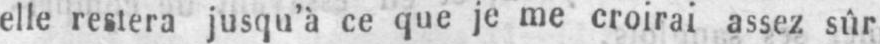
elle restera jusqu’à ce que je me croirai assez sûr